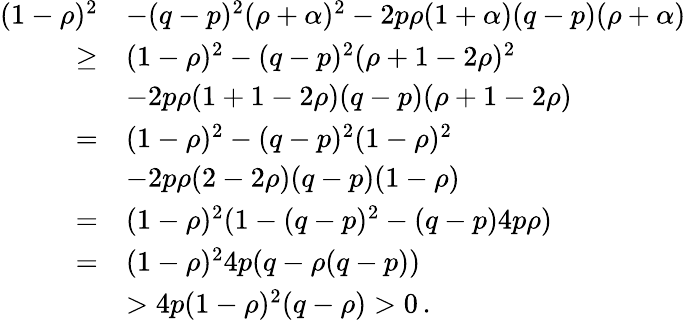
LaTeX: \begin{array}{rl}{(1-\rho)^{2}}&{-(q-p)^{2}(\rho+\alpha)^{2}-2p\rho(1+\alpha)(q-p)(\rho+\alpha)}\\ {\ge}&{(1-\rho)^{2}-(q-p)^{2}(\rho+1-2\rho)^{2}}\\ &{-2p\rho(1+1-2\rho)(q-p)(\rho+1-2\rho)}\\ {=}&{(1-\rho)^{2}-(q-p)^{2}(1-\rho)^{2}}\\ &{-2p\rho(2-2\rho)(q-p)(1-\rho)}\\ {=}&{(1-\rho)^{2}(1-(q-p)^{2}-(q-p)4p\rho)}\\ {=}&{(1-\rho)^{2}4p(q-\rho(q-p))}\\ &{>4p(1-\rho)^{2}(q-\rho)>0\, .}\end{array}